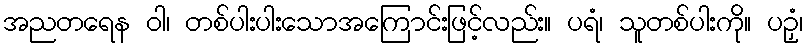
အညတရေန ဝါ၊ တစ်ပါးပါးသောအကြောင်းဖြင့်လည်း။ ပရံ၊ သူတစ်ပါးကို။ ပဉှံ၊